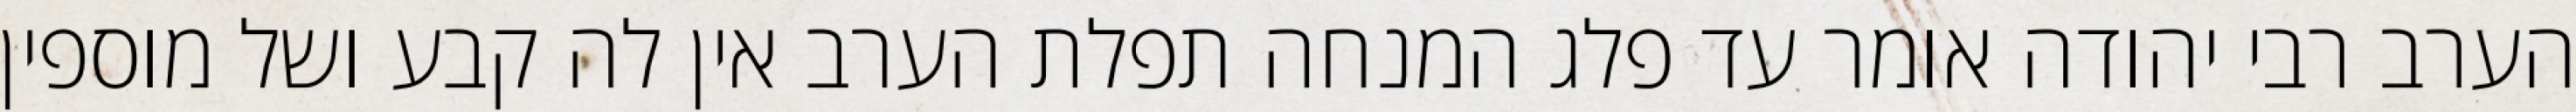
הערב רבי יהודה אומר עד פלג המנחה תפלת הערב אין לה קבע ושל מוספין